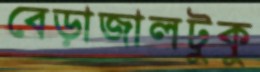
বেড়াজালটুকু